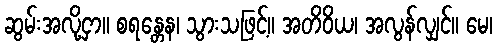
ဆွမ်းအလို့ငှာ။ စရန္တေန၊ သွားသဖြင့်။ အတိဝိယ၊ အလွန်လျှင်။ မေ၊